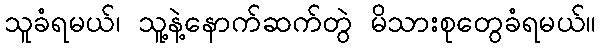
သူခံရမယ်၊ သူ့နဲ့နောက်ဆက်တွဲ မိသားစုတွေခံရမယ်။